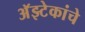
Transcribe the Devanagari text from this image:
अॅझ्टेकांचे